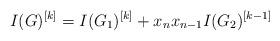
LaTeX: \begin{align*}I(G)^{[k]}=I(G_1)^{[k]}+x_nx_{n-1}I(G_2)^{[k-1]}\end{align*}